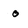
Character: o